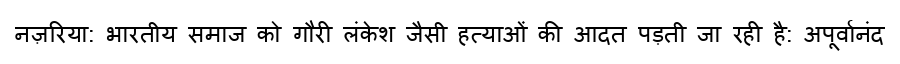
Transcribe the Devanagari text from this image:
नज़रिया: भारतीय समाज को गौरी लंकेश जैसी हत्याओं की आदत पड़ती जा रही है: अपूर्वानंद